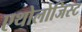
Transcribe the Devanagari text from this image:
एथोलोजिस्ट